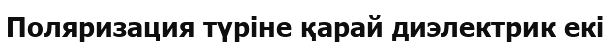
Поляризация түріне қарай диэлектрик екі